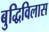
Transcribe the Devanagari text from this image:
बुद्धिविलास